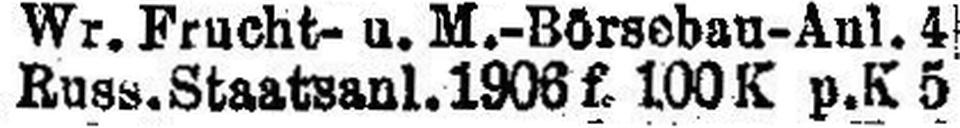
Russ. Staatsanl. 1906 f. 100 K p. K 5